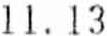
11.13